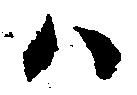
ハ